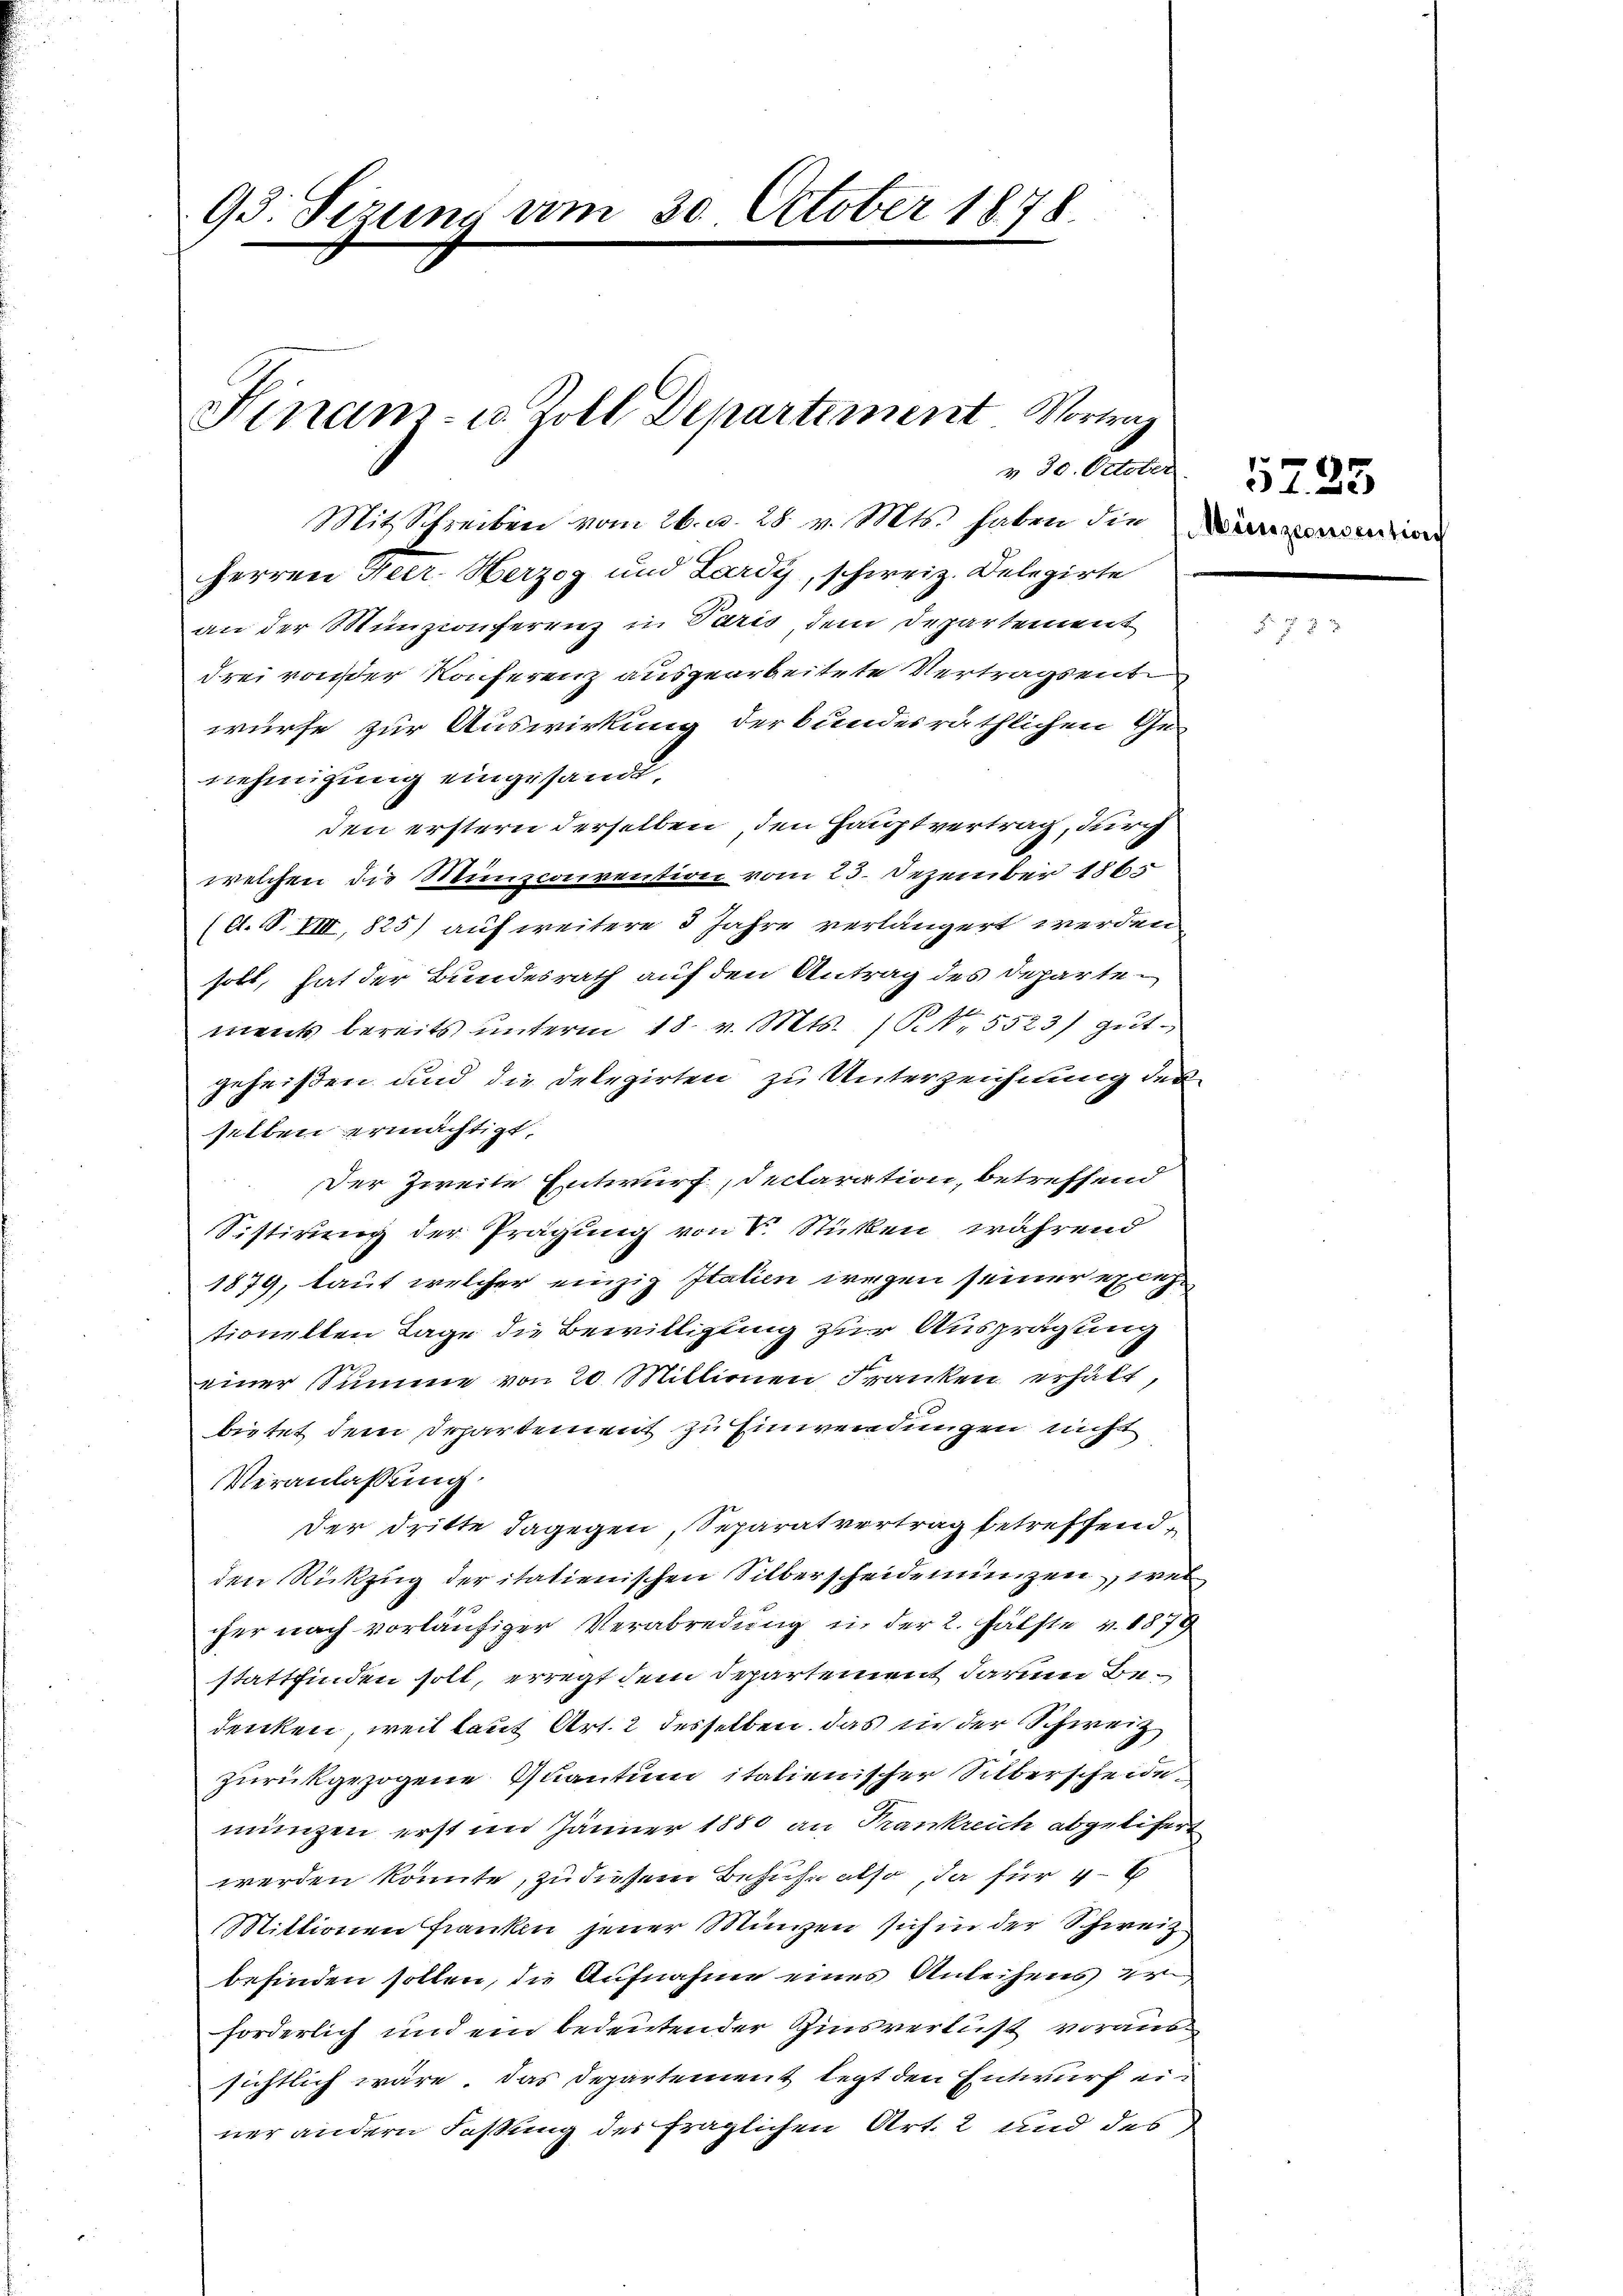
93. Sizung vom 30. October 1878

Sinam u. Zoll Departiment Vortrag
v. 30. October
Mit Schreiben vom 26. d. 28. v. Mts. haben die Wangemein

Herren Feer. Herzog und Lardy, schweiz. Delegirte
an der Münzconferenz in Paris, dem Departement
drei von der Konferenz ausgearbeitete Vertragsent
würfe zur Auswirkung der bundesräthlichen Ge-
nehmigung eingesandt,
den erstern derselben, den Hauptvertrag, durch
welchen die Munsconvention vom 23. Dezember 1865
(d. S. VIII, 825) auf weitere 3 Jahre verlängert werden.
holt, hat der Bundesrath auf den Antrag des Departement bereits ŭnterm 18. v. Mts. 1 S. 5523) gŭt-
geheißen und die Delegirten zu Unterzeichnung der
selben ermächtigt.
Der Zweite Entwurf, declaration, betreffend
Sistirung der Prägung von V. Stücken, während
1879, laut welcher einzig Italien wegen seiner exce
tionellen Lage die Bewilligung zur Ausprägung
einer Summe von 20 Millionen Franken erhält,
bietet dem Departement zu Einwendungen nicht
Veranlaßung.
Der dritte dagegen, Separatvertrag betreffend
den Rückzug der italienischen Silberscheidenungen, wel
cher nach vorläufiger Verabredung in der 2. Hälfte v. 1879
stattfinden soll, erregt dem Departement darum bedenken, weil laut Art. 2 desselben das in der Schweiz
zurückgezogene Quantum italienischer Silberscheide
münzen erst im Jänner 1880 an Frankreich abgelifert
werden könnte, zu diesem Besuche also, da für 4
Mittionen franken jener Münzen sich in der Schweiz
befinden sollen, die Aufnahme eines Anleihens er
forderlich und ein bedeutender Zinsverlust voraussichtlich wäre. Das Departement legt den Entwurf einer andern Faßung der fraglichen Art. 2 und des